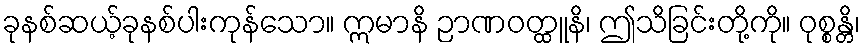
ခုနစ်ဆယ့်ခုနစ်ပါးကုန်သော။ ဣမာနိ ဉာဏဝတ္ထူနိ၊ ဤသိခြင်းတို့ကို။ ဝုစ္စန္တိ၊